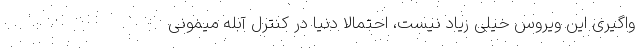
واگیری این ویروس خیلی زیاد نیست، احتمالا دنیا در کنترل آبله میمونی